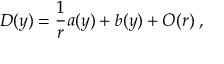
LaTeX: D ( y ) = { \frac { 1 } { r } } a ( y ) + b ( y ) + { \cal O } ( r ) \; ,